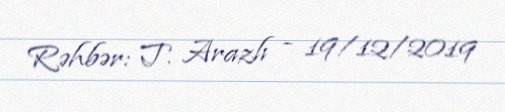
Rəhbər: T. Arazlı - 19/12/2019